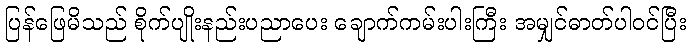
ပြန်ဖြေမိသည် စိုက်ပျိုးနည်းပညာပေး ချောက်ကမ်းပါးကြီး အမျှင်ဓာတ်ပါဝင်ပြီး